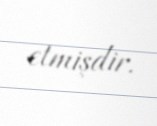
etmişdir.